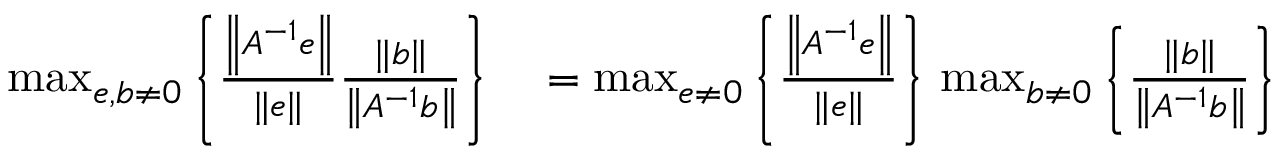
\begin{array} { r l } { \operatorname* { m a x } _ { e , b \neq 0 } \left\{ { \frac { \left\| A ^ { - 1 } e \right\| } { \| e \| } } { \frac { \| b \| } { \left\| A ^ { - 1 } b \right\| } } \right\} } & { { } = \operatorname* { m a x } _ { e \neq 0 } \left\{ { \frac { \left\| A ^ { - 1 } e \right\| } { \| e \| } } \right\} \, \operatorname* { m a x } _ { b \neq 0 } \left\{ { \frac { \| b \| } { \left\| A ^ { - 1 } b \right\| } } \right\} } \end{array}